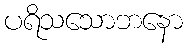
ပရိသသောဘနော